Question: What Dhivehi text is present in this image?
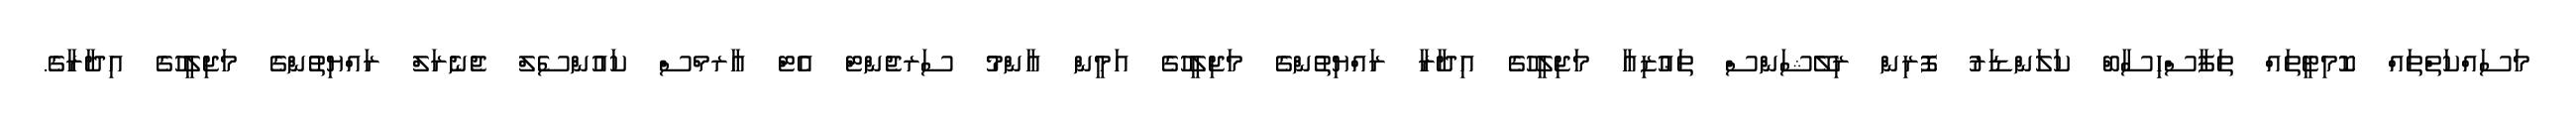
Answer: މަސައްކަތްތައް ކޮމިޓީތައް ތަފާސްހިސާބް ކަލަންޑަރު ފޮރިން ރިލޭޝަންސް ތަޢުޒިއާ މަޖިލީހުގެ އިދާރާ ރައްޔިތުންގެ މަޖިލީހުގެ އަމީން ޢާންމު ސަރޖެންޓް އެޓް އާރމްސް ކައުންސެލް ޖެނެރަލް ރައްޔިތުންގެ މަޖިލީހުގެ އިދާރާގެ.